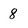
Character: 8